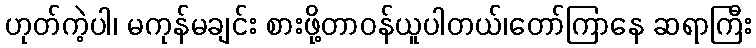
ဟုတ်ကဲ့ပါ၊ မကုန်မချင်း စားဖို့တာဝန်ယူပါတယ်၊တော်ကြာနေ ဆရာကြီး